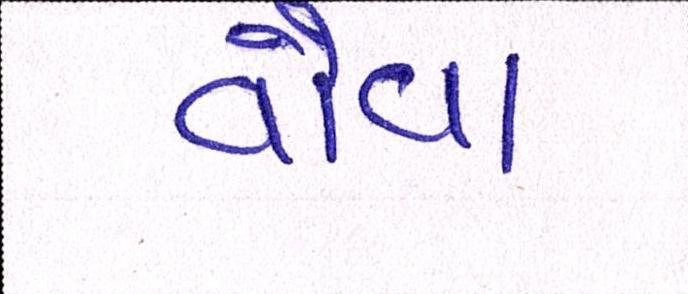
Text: વૌવા